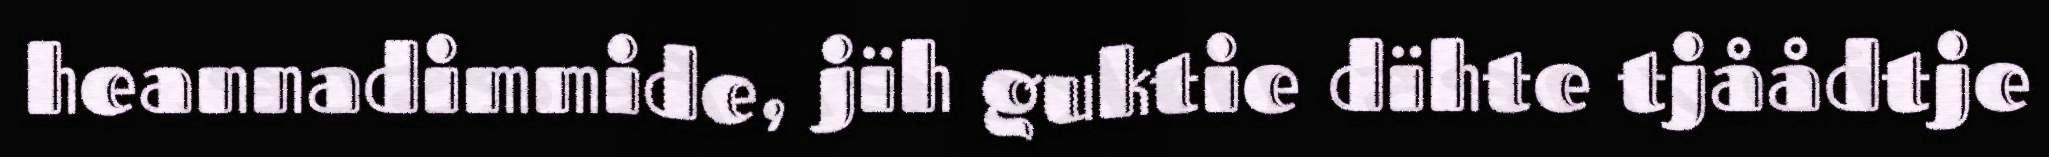
heannadimmide, jïh guktie dïhte tjåådtje